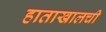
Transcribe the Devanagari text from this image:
हाताखालची